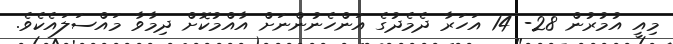
މިއީ އުމުރުން 28- 14 އަހަރާ ދެމެދުގެ އަންހެނުންނަށް އާއްމުކޮށް ދިމާވާ މައްސަލައެކެވެ.